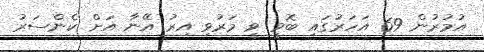
އުމުރުން 69 އަހަރުގައި ބޮވީ ވީ މަރުވި އިރު އޭނާ އަށް ކެންސަރު